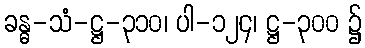
ခန္ဓ-သံ-ဋ္ဌ-၃၁၀၊ ပါ-၁၂၄၊ ဋ္ဌ-၃၀၀ ၌